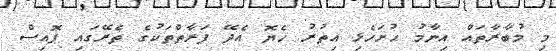
މި މުބާރާތައް އިނާމު ހުށަހެޅި އިތުރު ހެޔޮ އެދޭ ފަރާތްތަކުގެ ތެރޭގައި ޕޮއިސް